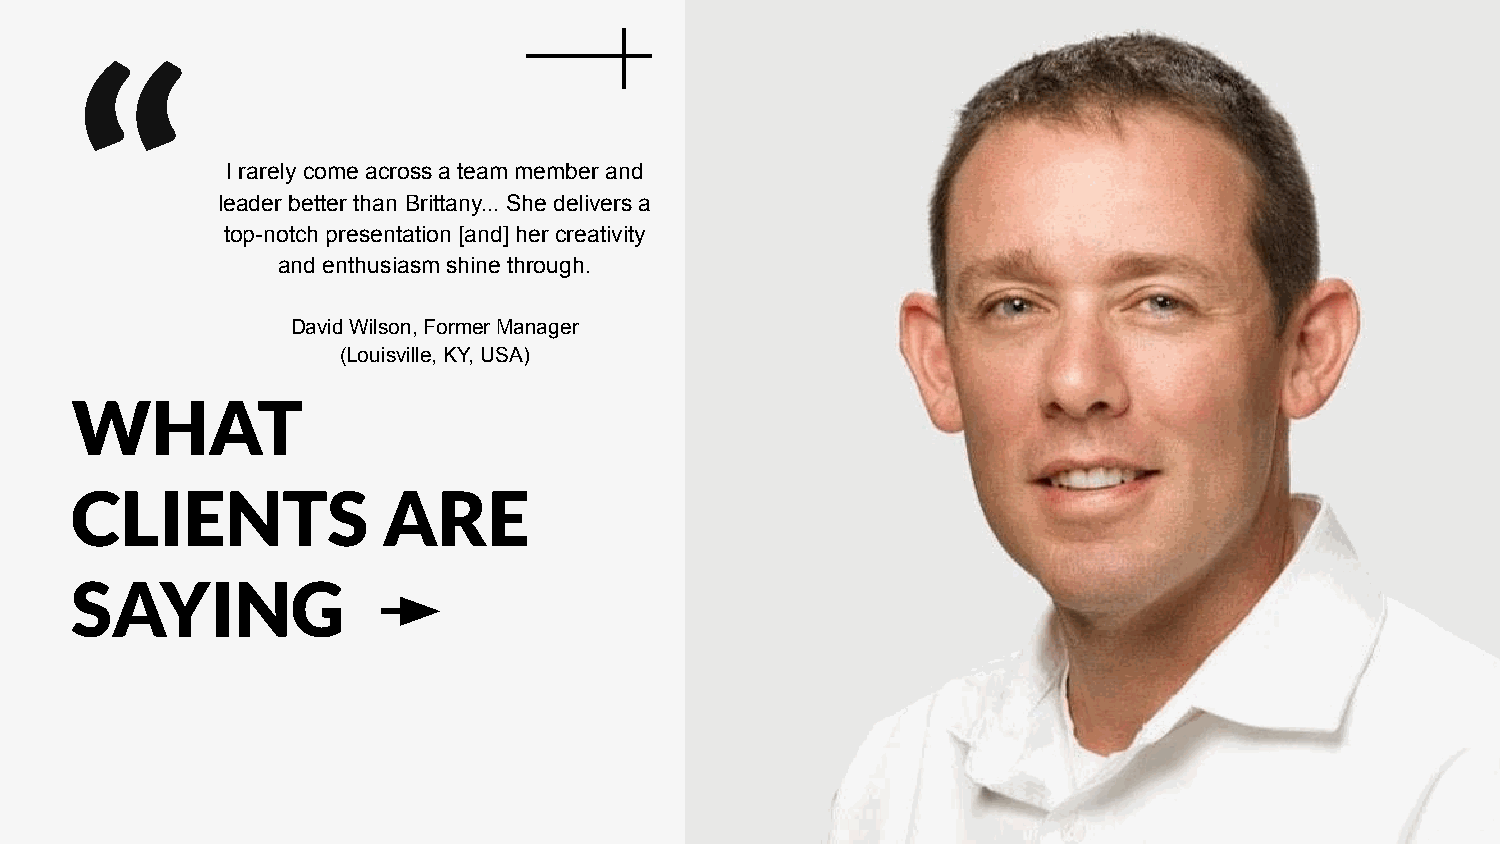
“
 I rarely come across a team member and
 leader better than Brittany... She delivers a
 top-notch presentation [and] her creativity
 and enthusiasm shine through.
 David Wilson, Former Manager
 (Louisville, KY, USA)
 WHAT
 CLIENTS             ARE
 SAYING